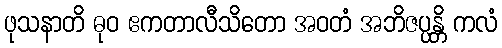
ဖုသနာတိ ဓုဝ ဧကတာလီသိတော အဝတံ အဘိဇပ္ပန္တိ ကလံ